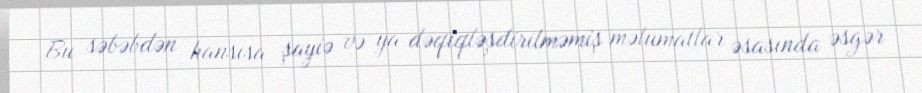
Bu səbəbdən hansısa şayiə və ya dəqiqləşdirilməmiş məlumatlar əsasında əsgər